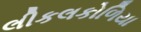
લીકલકોળિયા